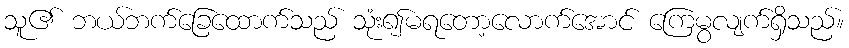
သူ၏ ဘယ်ဘက်ခြေထောက်သည် သုံး၍မရတော့လောက်အောင် ကြေမွလျက်ရှိသည်။